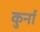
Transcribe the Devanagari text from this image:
कुर्ना